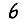
Digit: 6